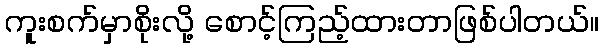
ကူးစက်မှာစိုးလို့ စောင့်ကြည့်ထားတာဖြစ်ပါတယ်။